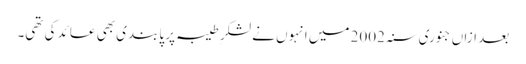
بعد ازاں جنوری سنہ 2002 میں انہوں نے لشکرِ طیبہ پر پابندی بھی عائد کی تھی۔